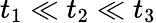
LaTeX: t_{1}\ll t_{2}\ll t_{3}